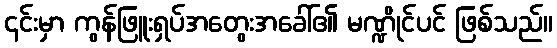
၎င်းမှာ ကွန်ဖြူးရှပ်အတွေးအခေါ်၏ မဏ္ဍိုင်ပင် ဖြစ်သည်။